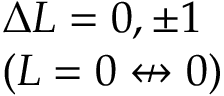
\begin{array} { l } { \Delta L = 0 , \pm 1 } \\ { ( L = 0 \not \leftrightarrow 0 ) } \end{array}